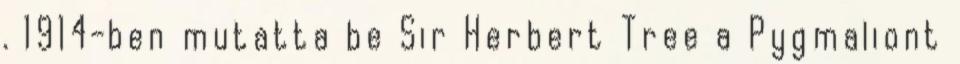
. 1914-ben mutatta be Sir Herbert Tree a Pygmaliont